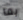
بما